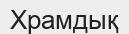
Храмдық